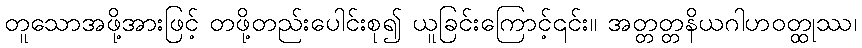
တူသောအဖို့အားဖြင့် တဖို့တည်းပေါင်းစု၍ ယူခြင်းကြောင့်၎င်း။ အတ္တတ္တနိယဂါဟဝတ္ထုဿ၊